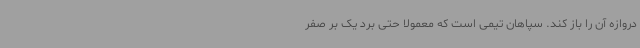
دروازه آن را باز کند. سپاهان تیمی است که معمولا حتی برد یک بر صفر